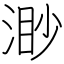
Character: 渺